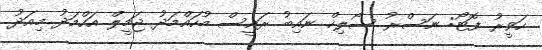
ހަވީރު ފޮޓޯ: ނަސްރު ސޯލިހް ނައިބު ރައީސް މުހައްމަދު ޖަމީލް އަހްމަދު މިއަދު